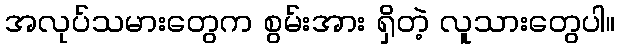
အလုပ်သမားတွေက စွမ်းအား ရှိတဲ့ လူသားတွေပါ။